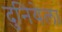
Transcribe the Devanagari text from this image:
दुनियेला